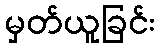
မှတ်ယူခြင်း